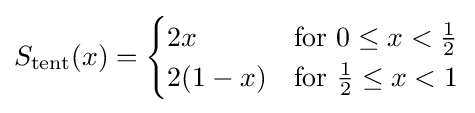
S_{\mathrm {tent} }(x)={\begin{cases}2x&{\text{for }}0\leq x<{\frac {1}{2}}\\2(1-x)&{\text{for }}{\frac {1}{2}}\leq x<1\end{cases}}